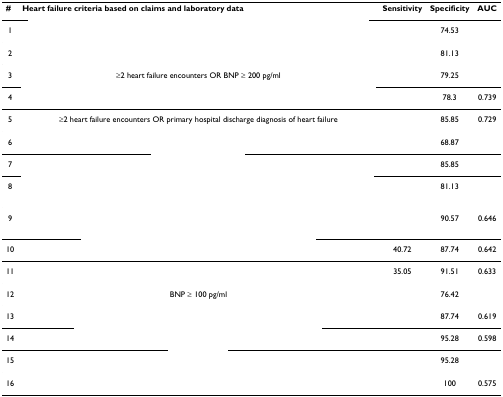
<table><thead><tr><td><b>#</b></td><td><b>Heart failure criteria based on claims and laboratory data</b></td><td><b>Sensitivity</b></td><td><b>Specificity</b></td><td><b>AUC</b></td></tr></thead><tbody><tr><td>1</td><td>[EMPTY_CELL]</td><td>[EMPTY_CELL]</td><td>74.53</td><td>[EMPTY_CELL]</td></tr><tr><td>2</td><td>[EMPTY_CELL]</td><td>[EMPTY_CELL]</td><td>81.13</td><td>[EMPTY_CELL]</td></tr><tr><td>3</td><td>≥2 heart failure encounters OR BNP ≥ 200 pg/ml</td><td>[EMPTY_CELL]</td><td>79.25</td><td>[EMPTY_CELL]</td></tr><tr><td>4</td><td>[EMPTY_CELL]</td><td>[EMPTY_CELL]</td><td>78.3</td><td>0.739</td></tr><tr><td>5</td><td>≥2 heart failure encounters OR primary hospital discharge diagnosis of heart failure</td><td>[EMPTY_CELL]</td><td>85.85</td><td>0.729</td></tr><tr><td>6</td><td>[EMPTY_CELL]</td><td>[EMPTY_CELL]</td><td>68.87</td><td>[EMPTY_CELL]</td></tr><tr><td>7</td><td>[EMPTY_CELL]</td><td>[EMPTY_CELL]</td><td>85.85</td><td>[EMPTY_CELL]</td></tr><tr><td>8</td><td>[EMPTY_CELL]</td><td>[EMPTY_CELL]</td><td>81.13</td><td>[EMPTY_CELL]</td></tr><tr><td>9</td><td>[EMPTY_CELL]</td><td>[EMPTY_CELL]</td><td>90.57</td><td>0.646</td></tr><tr><td>10</td><td>[EMPTY_CELL]</td><td>40.72</td><td>87.74</td><td>0.642</td></tr><tr><td>11</td><td>[EMPTY_CELL]</td><td>35.05</td><td>91.51</td><td>0.633</td></tr><tr><td>12</td><td>BNP ≥ 100 pg/ml</td><td>[EMPTY_CELL]</td><td>76.42</td><td>[EMPTY_CELL]</td></tr><tr><td>13</td><td>[EMPTY_CELL]</td><td>[EMPTY_CELL]</td><td>87.74</td><td>0.619</td></tr><tr><td>14</td><td>[EMPTY_CELL]</td><td>[EMPTY_CELL]</td><td>95.28</td><td>0.598</td></tr><tr><td>15</td><td>[EMPTY_CELL]</td><td>[EMPTY_CELL]</td><td>95.28</td><td>[EMPTY_CELL]</td></tr><tr><td>16</td><td>[EMPTY_CELL]</td><td>[EMPTY_CELL]</td><td>100</td><td>0.575</td></tr></tbody></table>